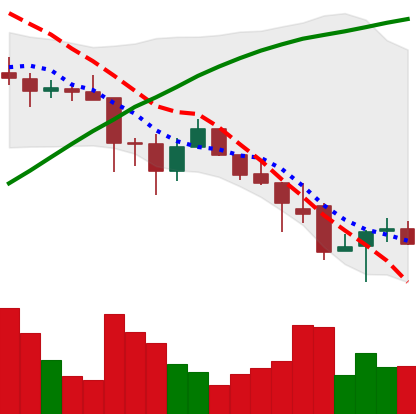
Ticker: ADA-USD
Chart end date: 2021-11-30
Forward return: -11.37%
Label: down_7plus